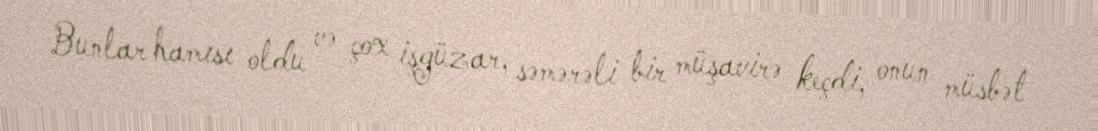
Bunlar hamısı oldu və çox işgüzar, səmərəli bir müşavirə keçdi, onun müsbət